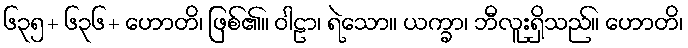
၆၃၅+ ၆၃၆+ ဟောတိ၊ ဖြစ်၏။ ဝါဠာ၊ ရဲသော။ ယက္ခာ၊ ဘီလူးရှိသည်။ ဟောတိ၊